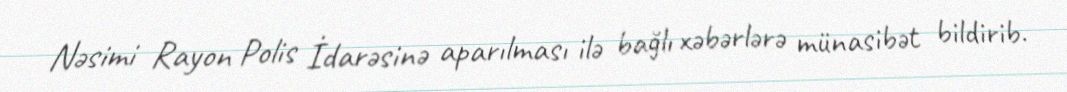
Nəsimi Rayon Polis İdarəsinə aparılması ilə bağlı xəbərlərə münasibət bildirib.